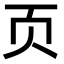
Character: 页